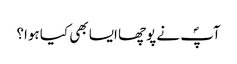
آپؐ نے پوچھا ایسا بھی کیا ہوا؟